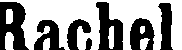
Rachel